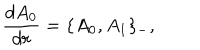
\frac { d A _ { 0 } } { d r } = \{ A _ { 0 } , A _ { 1 } \} _ { - } ,